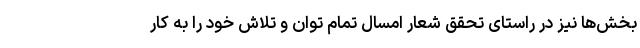
بخش‌ها نیز در راستای تحقق شعار امسال تمام توان و تلاش خود را به کار